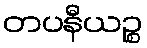
တပနီယဉ္စ